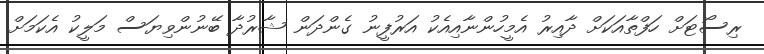
ރިސޯޓަށް ހަފްތާއަކަށް ދާއިރު އެމީހުންނާއިއެކު އަރުފީނު ގެންދަން ޝާރުދާ ބޭނުންވިޔަސް މަލީކު އެކަމަށް